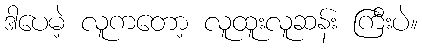
ဒါပေမဲ့ လူကတော့ လူထူးလူဆန်း ကြီးပဲ။